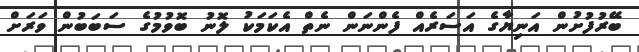
ބޭރުފުށުން އަނިޔާގެ އަސަރެއް ފެންނަން ނެތް އެކަމަކު ލޮނު ބޮވުމުގެ ސަބަބުން ވަރަށް